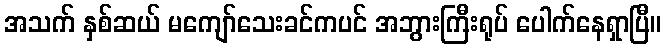
အသက် နှစ်ဆယ် မကျော်သေးခင်ကပင် အဘွားကြီးရုပ် ပေါက်နေရှာပြီ။